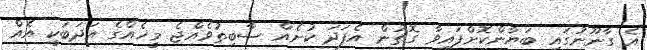
އެ ގާނޫނުގައި ބަޔާންކޮށްފައިވާ ގޮތުން އެފަދަ ކުށެއް ސާބިތުވެއްޖެ މީހެއްގެ އަދަބަކީ އެއް